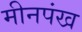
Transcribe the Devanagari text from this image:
मीनपंख